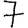
Digit: 7